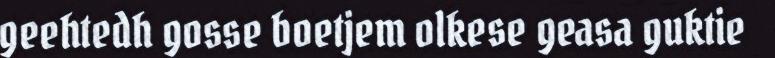
geehtedh gosse boetjem olkese geasa guktie